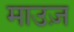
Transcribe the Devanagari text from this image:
माउज़